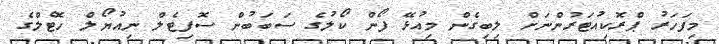
މިފަހަރު ޕްރޮކިއުޓަރުންނަށް ލިބިގެން މިއުޅޭ ފޯން ކޯލުގެ ސަބަބުން ސޮފިޓެލް ނިއުޔޯލް ހޮޓެލްގެ